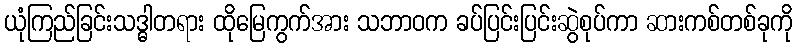
ယုံကြည်ခြင်းသဒ္ဓါတရား ထိုမြေကွက်အား သဘာဝက ခပ်ပြင်းပြင်းဆွဲစုပ်ကာ ဆားကစ်တစ်ခုကို